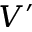
V ^ { \prime }